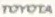
TOYOTA